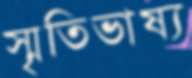
স্মৃতিভাষ্য